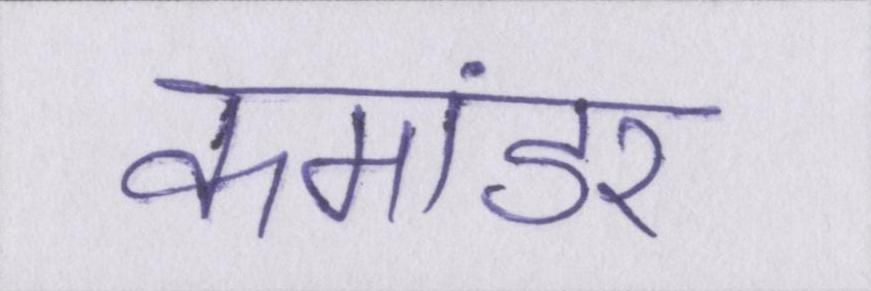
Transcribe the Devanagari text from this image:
कमांडर